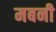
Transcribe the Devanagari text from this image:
मबनी